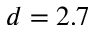
d = 2 . 7